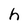
Character: h